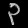
Digit: ၃